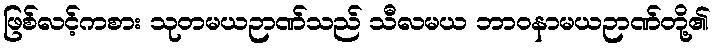
ဖြစ်လင့်ကစား သုတမယဉာဏ်သည် သီလမယ ဘာဝနာမယဉာဏ်တို့၏